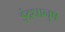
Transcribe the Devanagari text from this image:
इंद्रधानुष